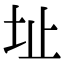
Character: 址